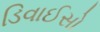
ડિવાઈસો